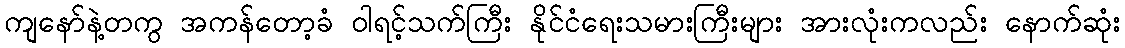
ကျနော်နဲ့တကွ အကန်တော့ခံ ဝါရင့်သက်ကြီး နိုင်ငံရေးသမားကြီးများ အားလုံးကလည်း နောက်ဆုံး